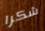
شكرا